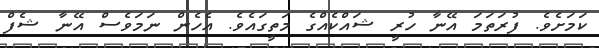
ކަމަށެވެ. ފުރަތަމަ އޭނާ ހުރީ ޝައްކެއްގެ މަތީގައެވެ. އެހެން ނަމަވެސް އޭނާ ޝެފް